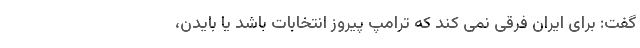
گفت: برای ایران فرقی نمی کند که ترامپ پیروز انتخابات باشد یا بایدن،